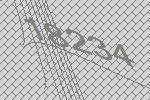
18234